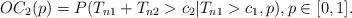
LaTeX: \begin{align*} OC_2(p) = P( T_{n1} + T_{n2} > c_2 | T_{n1} > c_1, p ), p \in [0,1]. \end{align*}